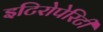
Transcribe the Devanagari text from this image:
इटिरोपेरिटी